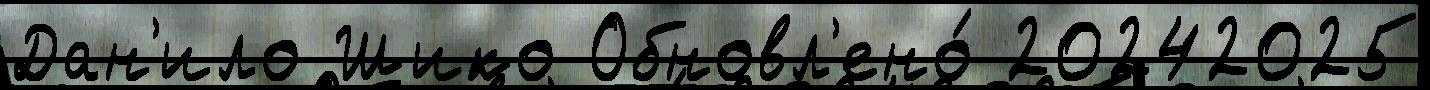
Дан'ило Шико Обновл'ено́ 20242025